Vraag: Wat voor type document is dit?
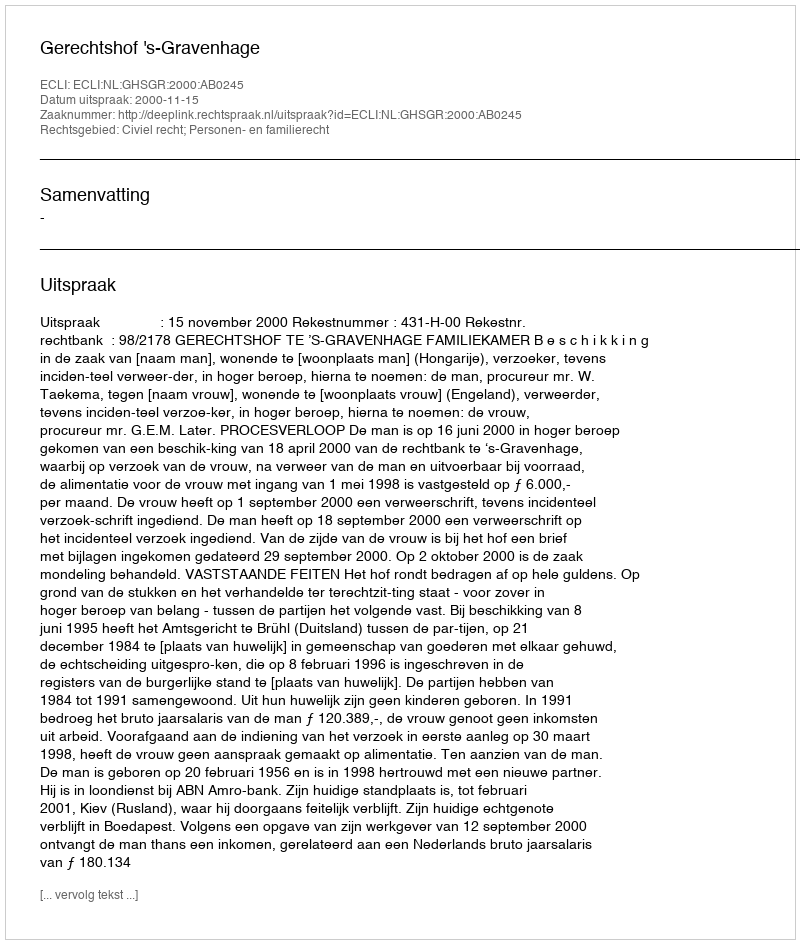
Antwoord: Uitspraak